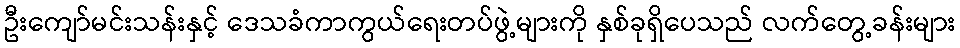
ဦးကျော်မင်းသန်းနှင့် ဒေသခံကာကွယ်ရေးတပ်ဖွဲ့များကို နှစ်ခုရှိပေသည် လက်တွေ့ခန်းများ